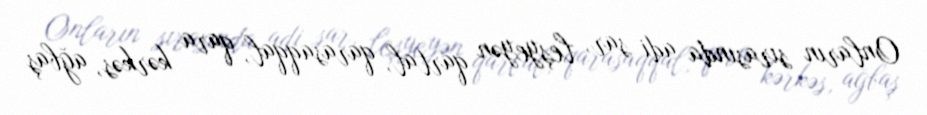
Onların sırasında adi sar, leşyeyən qartal, qarasaqqal, qara kərkəs, ağbaş